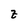
Character: z